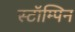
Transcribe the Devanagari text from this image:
स्टॉम्पिन